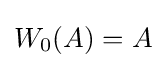
W_{0}(A)=A